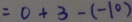
= 0 + 3 - ( - 1 0 )